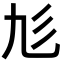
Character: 𢒂